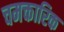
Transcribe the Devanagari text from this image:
चमक्तारिक